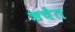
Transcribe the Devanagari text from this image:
ऋचेत